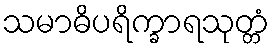
သမာဓိပရိက္ခာရသုတ္တံ